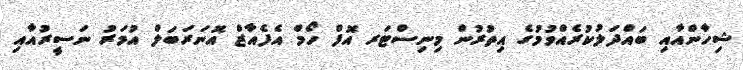
ޝިހާންއާއި ބައްދަލުކުރެއްވުމުގެ އިތުރުން މިނިސްޓަރ އޮފް ހޯމް އެފެއާޒް އޮނަރަބަލް އުމަރު ނަސީރުއާއި